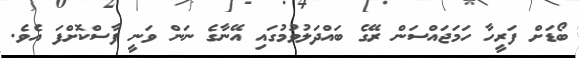
ބޯޑަށް ފަރީހާ ހަމަޖައްސަން ރޭގެ ބައްދަލުވުމުގައި އޭނާގެ ނަން ވަނީ ފާސްކޮށްފަ އެވެ.